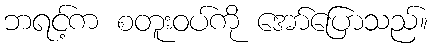
ဘရင့်က စတူးဝပ်ကို အော်ပြောသည်။